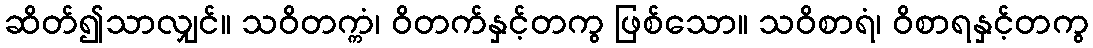
ဆိတ်၍သာလျှင်။ သဝိတက္ကံ၊ ဝိတက်နှင့်တကွ ဖြစ်သော။ သဝိစာရံ၊ ဝိစာရနှင့်တကွ